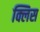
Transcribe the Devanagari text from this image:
क्लिस